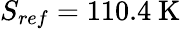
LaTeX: S_{ref}=110.4~\mathrm{K}